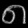
Digit: ၈